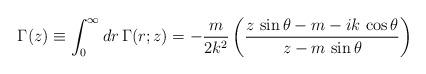
LaTeX: \begin{align*}\Gamma(z)\equiv\int_0^\infty dr \,\Gamma(r;z) = -\frac{m}{2k^2}\left({z\,\sin\theta-m-ik\,\cos\theta\over z-m\,\sin\theta}\right)\end{align*}